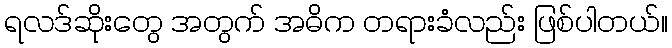
ရလဒ်ဆိုးတွေ အတွက် အဓိက တရားခံလည်း ဖြစ်ပါတယ်။